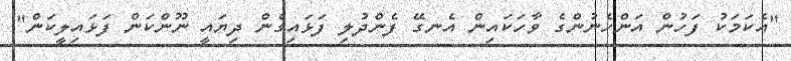
"އެކަމަކު ފަހުން އަންހެނުންގެ ވާހަކައިން އެނގޭ ފެންދުލި ފަޅައިގެން ދިޔައީ ނޫންކަން ފަޅައިލީކަން"